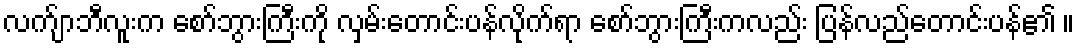
လက်ျာဘီလူးက စော်ဘွားကြီးကို လှမ်းတောင်းပန်လိုက်ရာ စော်ဘွားကြီးကလည်း ပြန်လည်တောင်းပန်၏ ။